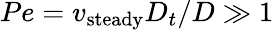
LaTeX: Pe=v_{\mathrm{steady}}D_{t}/D\gg 1